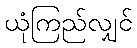
ယုံကြည်လျှင်